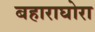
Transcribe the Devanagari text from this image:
बहाराघोरा